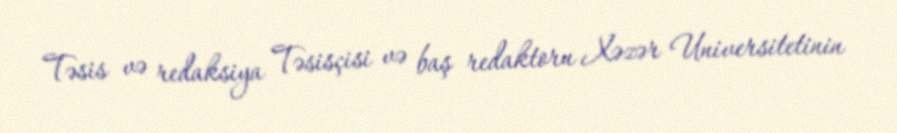
Təsis və redaksiya Təsisçisi və baş redaktoru Xəzər Universitetinin